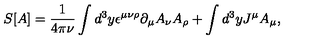
S [ A ] = \frac { 1 } { 4 \pi \nu } \int d ^ { 3 } y \epsilon ^ { \mu \nu \rho } \partial _ { \mu } A _ { \nu } A _ { \rho } + \int d ^ { 3 } y J ^ { \mu } A _ { \mu } ,